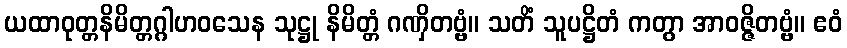
ယထာဝုတ္တနိမိတ္တဂ္ဂါဟဝသေန သုဋ္ဌု နိမိတ္တံ ဂဏှိတဗ္ဗံ။ သတိံ သူပဋ္ဌိတံ ကတွာ အာဝဇ္ဇိတဗ္ဗံ။ ဧဝံ